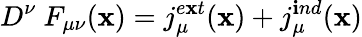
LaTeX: D^{\nu}\ F_{\mu\nu}(\mathbf{x})=j_{\mu}^{e\mathbf{x}t}(\mathbf{x})+j_{\mu}^{\mathbf{i}nd}(\mathbf{x})